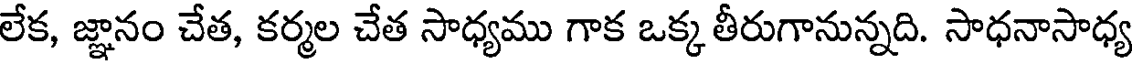
లేక, జ్ఞానం చేత, కర్మల చేత సాధ్యము గాక ఒక్క తీరుగానున్నది. సాధనాసాధ్య